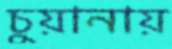
চুয়ানায়